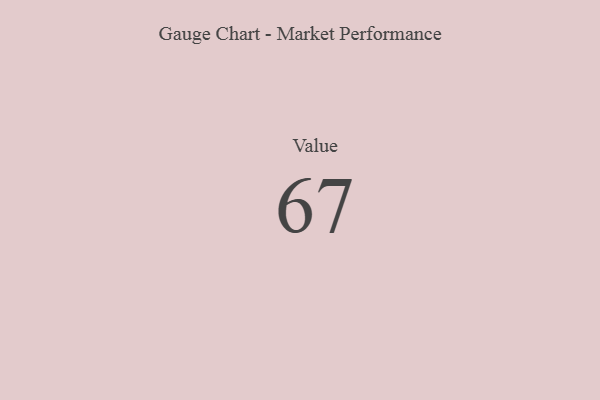
{"axis": {"x": "Metric", "y": "Value"}, "legend": [""], "data": [{"x": "Value", "y": 67, "type": ""}]}